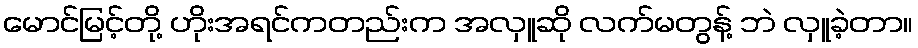
မောင်မြင့်တို့ ဟိုးအရင်ကတည်းက အလှူဆို လက်မတွန့် ဘဲ လှူခဲ့တာ။